EAOK_Sinod, lk 126
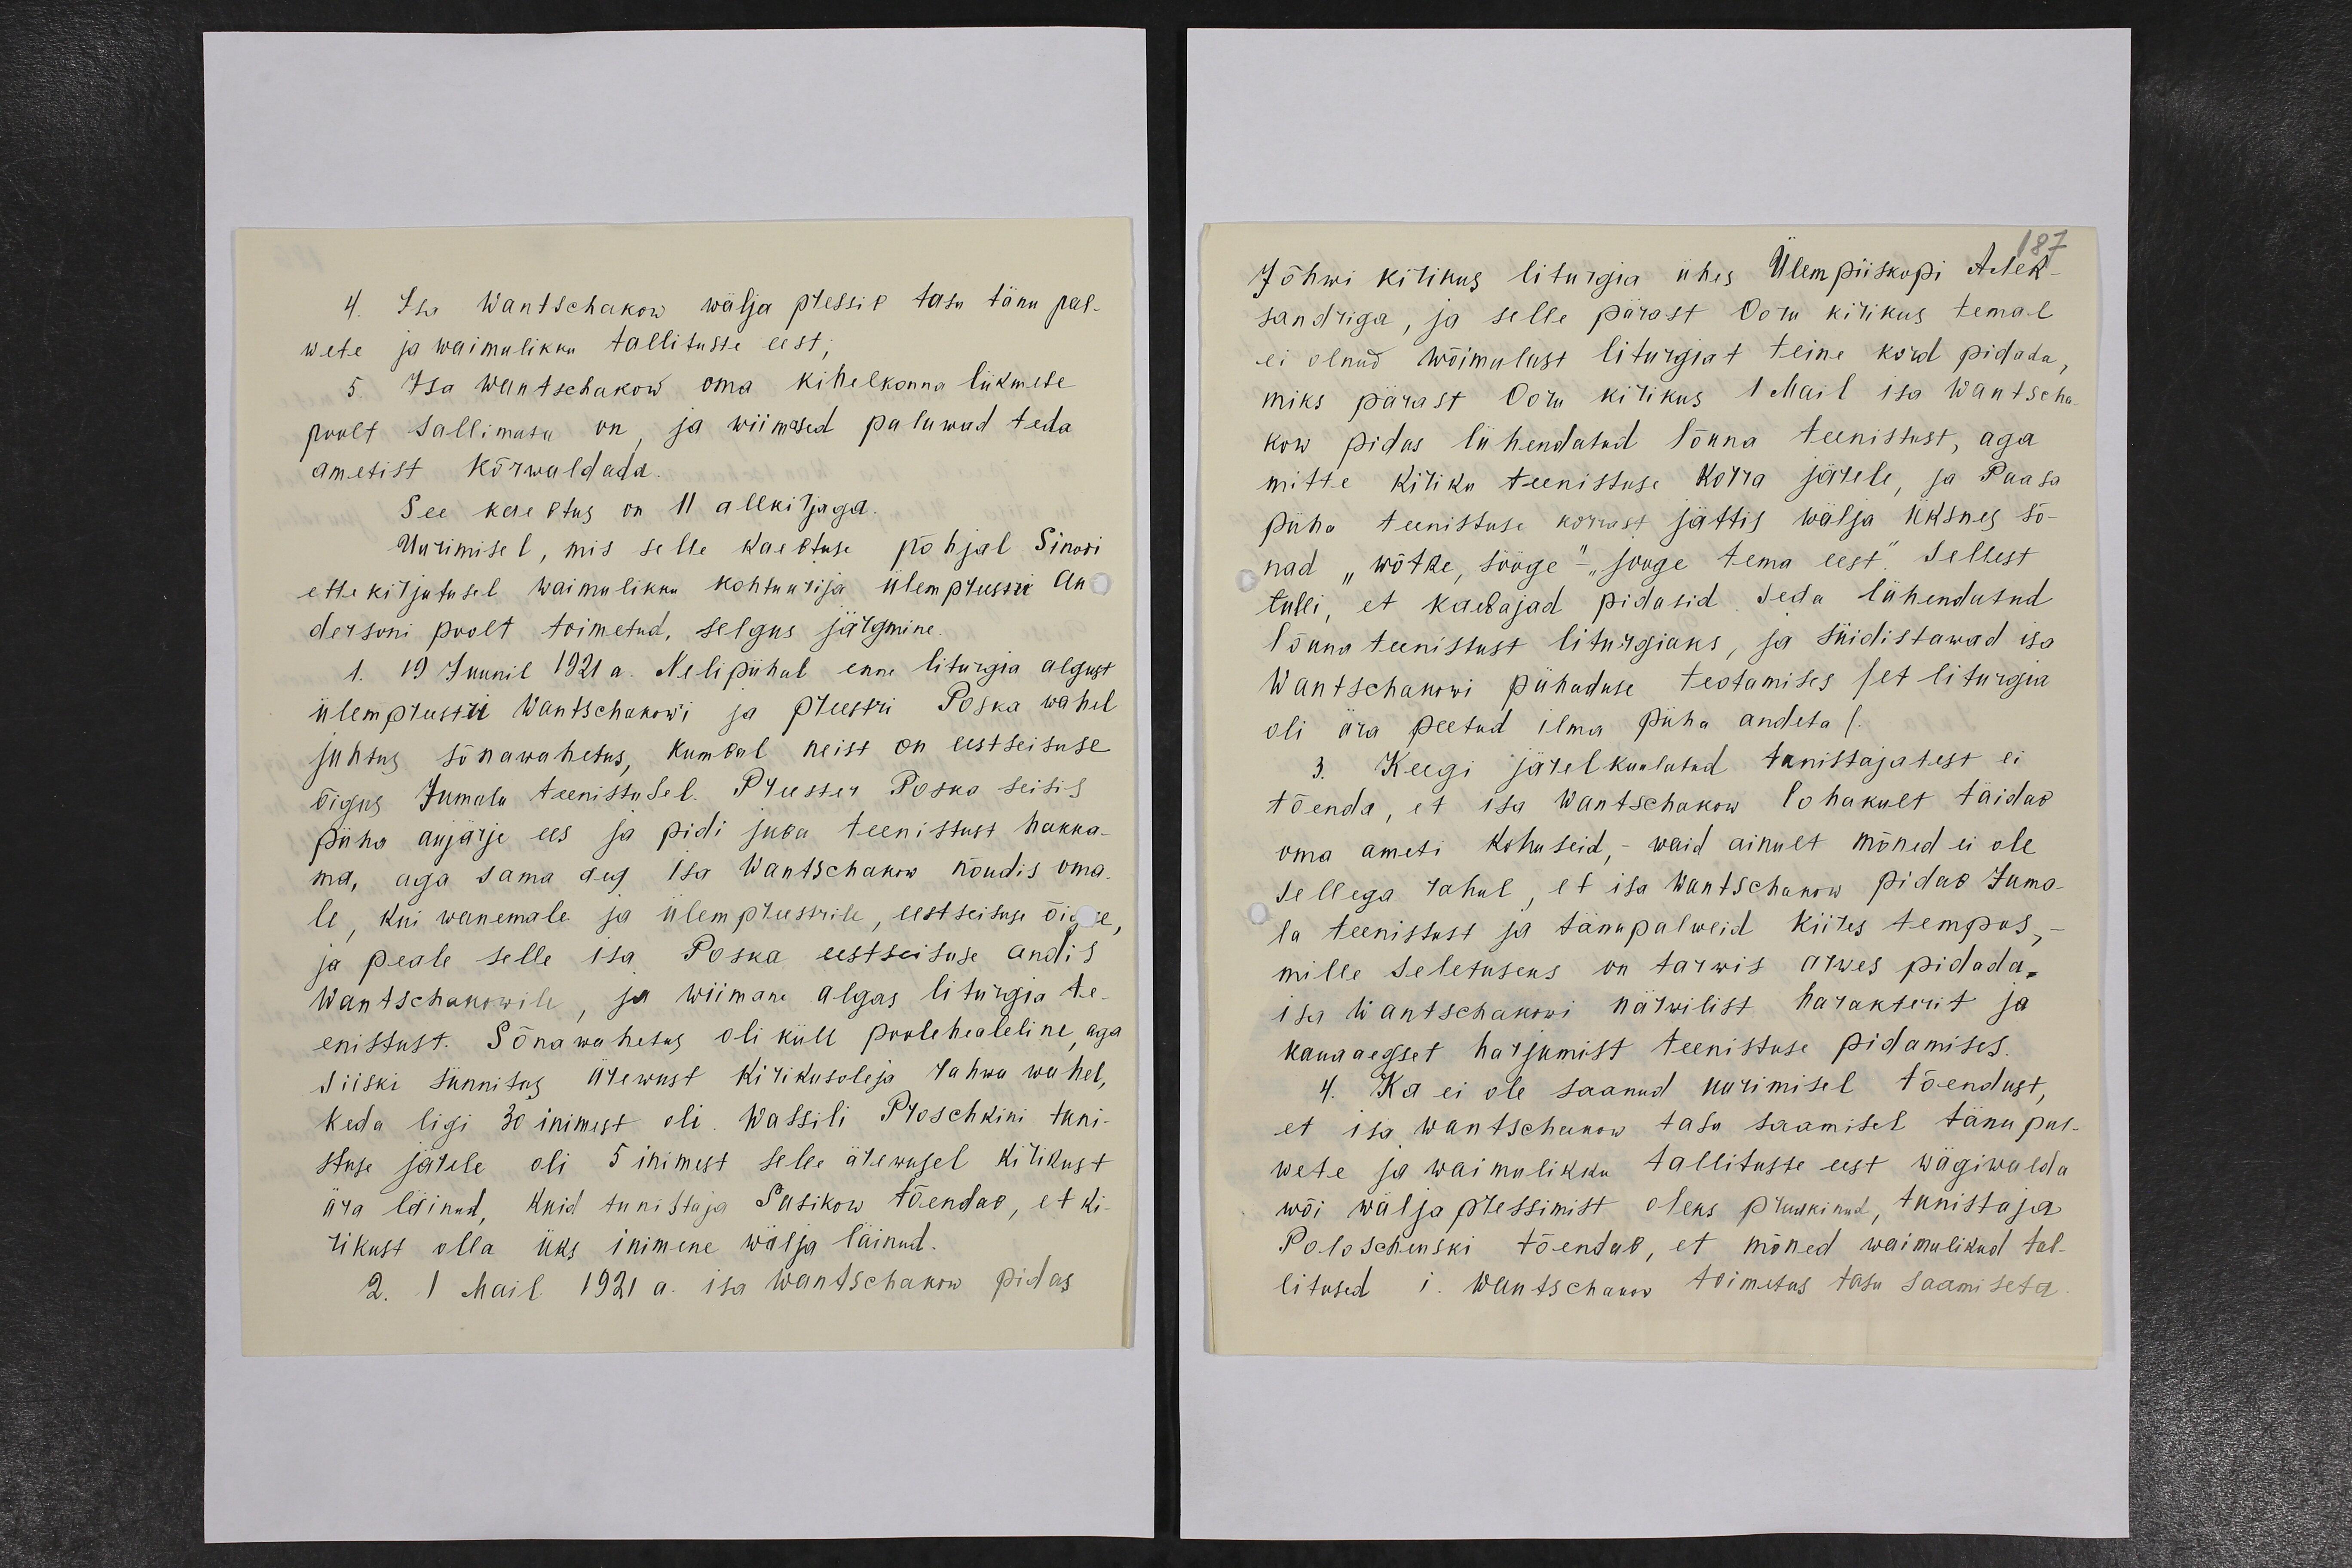
4. Isa Wantschakow wälja pressis tasu tänu pal-
wete ja waimulikku tallituste eest;
5. Isa Wantschakow oma kihelkonna liikmete
poolt sallimata on, ja wiimased paluwad teda
ametist kõrwaldada.
See kaebtus on 11 allkirjaga.
Uurimisel, mis selle kaebtuse põhjal Sinodi
ettekirjutusel waimulikku kohtu urija ülempreestri An-
dersoni poolt toimetud, selgus järgmine.
1. 19 Juunil 1921 a. Nelipühal enne liturgia algust
ülempreestri Wantschakowi ja preestri Poska wahel
juhtus sõnawahetus, kumbal neist on eestseisuse
õigus, Jumala teenistusel. Preester Poska seisis
püha aujärje ees ja pidi juba teenistust hakka-
ma, aga sama aeg Isa Wantschakow nõudis oma-
le, kui wanemale ja ülempreestrile, eestseisuse õiguse,
ja peale selle isa Poska eestseisuse andis
Wantschakowile, ja wiimane algas liturgia te-
enistust. Sõnawahetus oli küll poolehealeline, aga
siiski sünnitas ärewust kirikusoleja rahwa wahel,
keda ligi 30 inimest oli. Wassili Poschkini tuni-
stuse järele oli 5 inimest selle ärewusel kirikust
ära läinud, kuid tunistaja Susikow tõendab, et ki-
rikust olla üks inimene wälja läinud.
2. 1 Mail 1921 a. isa Wantschakow pidas

Jõhwi kirikus liturgia ühes Ülempiiskopi Alek-
sandriga, ja selle pärast Ooru kirikus temal
ei olnud wõimalust liturgiat teine kord pidada,
miks pärast Ooru kirikus 1 Mail isa Wantscha-
kow pidas lühendatud lõuna teenistust, aga
mitte kiriku teenistuse korra järele, ja Paasa
püha teenistuse korrast jättis wälja üksnes sõ-
nad „wõtke, sööge“-„jooge tema eest“. Sellest
tulli, et kaebajad pidasid seda lühendatud
lõuna teenistust liturgiaks, ja süidistawad isa
Wantschakowi pühaduse teotamises / et liturgia
oli ära peetud ilma püha andeta /.
3. Keegi järelkuulatud tunistajatest ei
tõenda, et isa Wantschakow lohakult täidab
oma ameti kohuseid, - waid ainult mõned ei ole
sellega rahul, et isa Wantschakow pidab Juma-
la teenistust ja tänupalweid kiires tempos, -
mille seletuseks on tarwis arwes pidada.
isa Wantschakowi närwilist harakterit ja
kauaaegset harjumist teenistuse pidamises.
4. Ka ei ole saanud uurimisel tõendust,
et isa Wantschukow tasu saamisel tänu pal-
wete ja waimulikku tallituste eest wägiwalda
wõi wälja pressimist oleks pruukinud, tunistaja
Poloschenski tõendab, et mõned waimulikud tal-
litused i. Wantschakow toimetas tasu saamiseta.